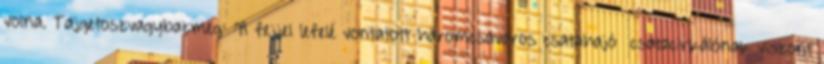
volna. Tajgetoszvagybazmeg: "A fejjel lefelé vontatott háromcsavaros csatahajó csatacirkálónak viszont